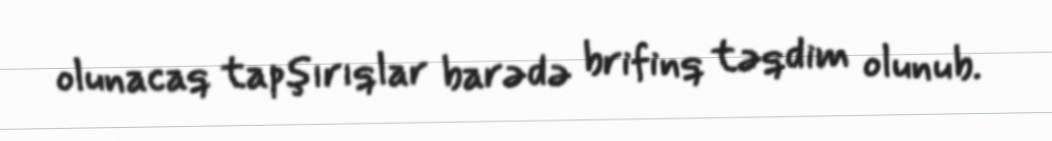
olunacaq tapşırıqlar barədə brifinq təqdim olunub.